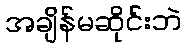
အချိန်မဆိုင်းဘဲ